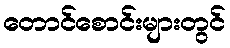
တောင်စောင်းများတွင်